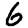
Digit: 6